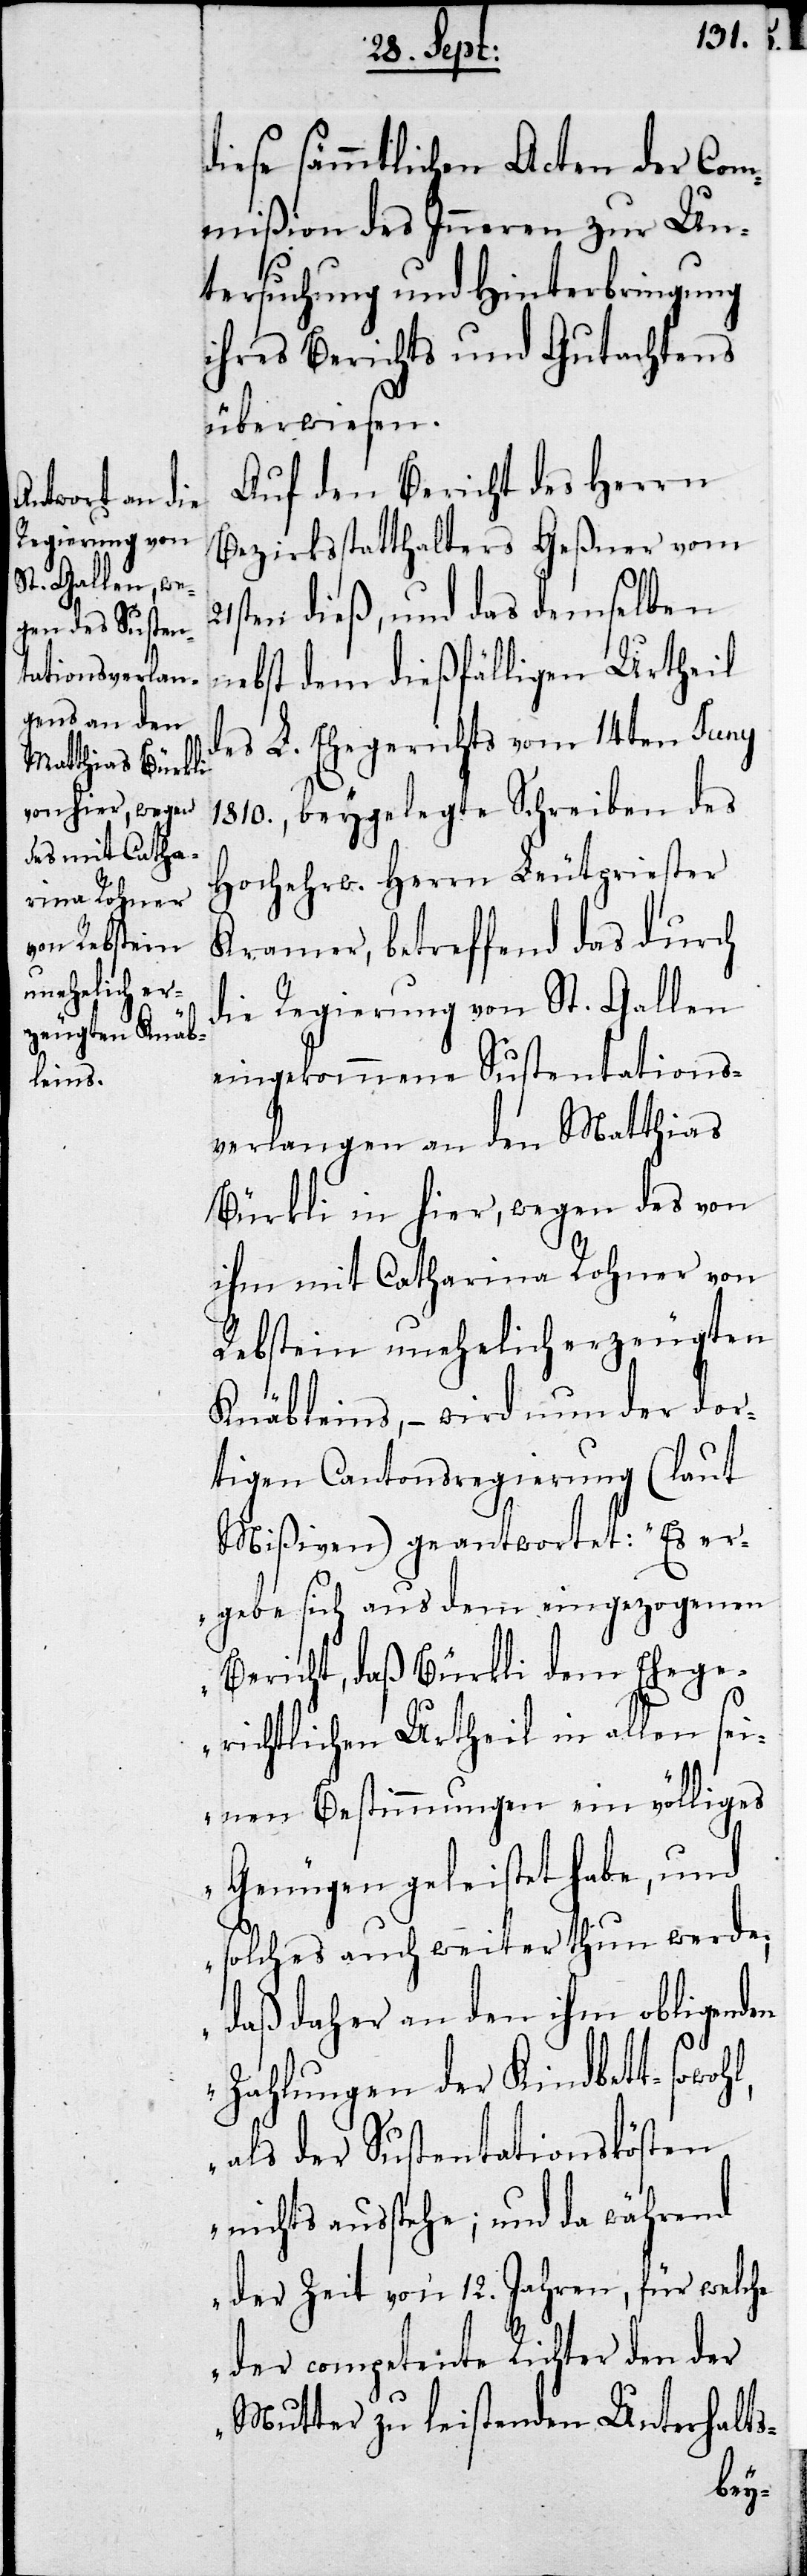
diese sämmtlichen Acten der Com¬
mißion des Inneren zu Un¬
tersuchung und Hinterbringung
ihres Berichts und Gutachtens
überwiesen.
Auf den Bericht des Herrn
Bezirksstatthalter Geßner vom
ten dieß, und das demselben
nebst dem dießfälligen Urtheil
des L. Ehegerichts vom 14ten Juny
1810., beygelegte Schreiben des
Hocherw. Herrn Leutpriester
Kramer, betreffend das durch
die Regierung von St. Gallen
eingekommene Sustentations¬
verlangen an den Matthias
Bürkli in hier, wegen des von
ihm mit Catharina Rohner von
Rebstein unehelich erzeugten
Knäbleins, – wird nun der dor¬
tigen Cantonsregierung (laut
Mißiven) geantwortet: „Es er¬
gebe sich aus dem eingezogenen
Bericht, daß Bürkli dem Ehege¬
richtlichen Urtheil in allen sei¬
nen Bestimmungen ein völliges
Genügen geleistete habe, und
solches auch weiter thun werde;
daß daher an den ihm obliegenden
21s¬
Zahlungen der Kindbett- sowoh¬
als der Sustentationskösten
nichts ausstehe; und da während
der Zeit von 12. Jahren, für welche
der competente Richter den der
Mutter zu leistenden Unterhalts-

l,